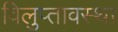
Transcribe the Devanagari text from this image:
विलुप्‍तावस्‍था